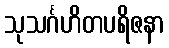
သုသင်္ဂဟိတပရိဇနာ